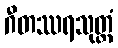
ဂီတဿရသုတ္တံ